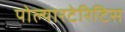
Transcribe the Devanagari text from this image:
पोल्यारटेरिटिस